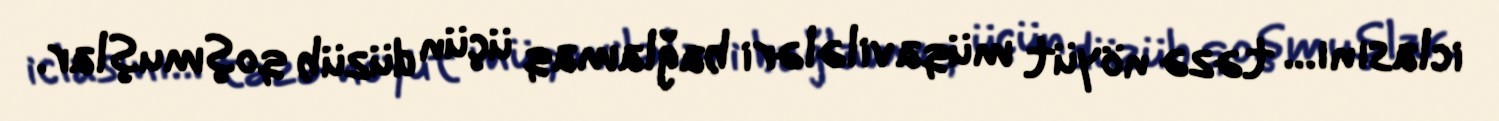
iclasını... təzə nöyüt müqavilələri bağlamaq üçün düzüb qoşmuşlar.